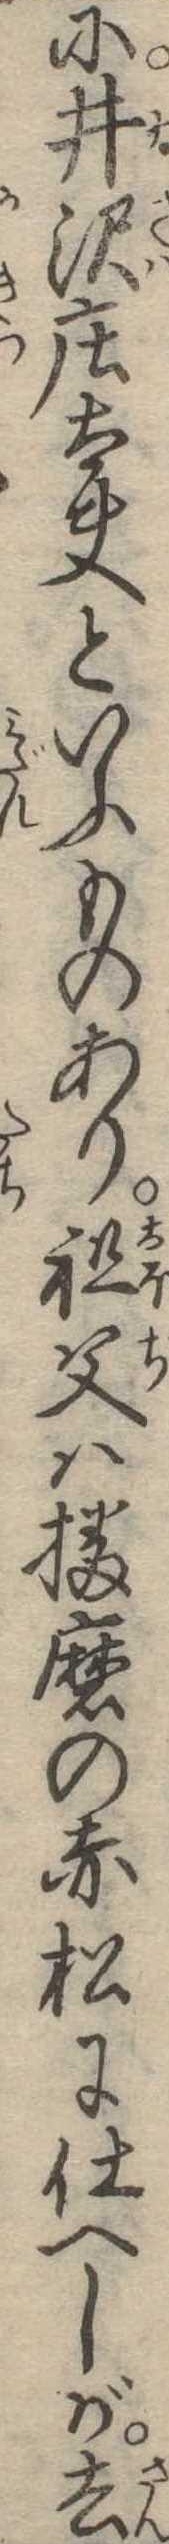
に井沢荘太夫といふものあり祖父は播磨の赤松に仕へしが去